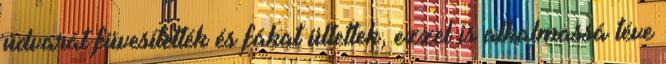
udvarát füvesítették és fákat ültettek, ezzel is alkalmassá téve